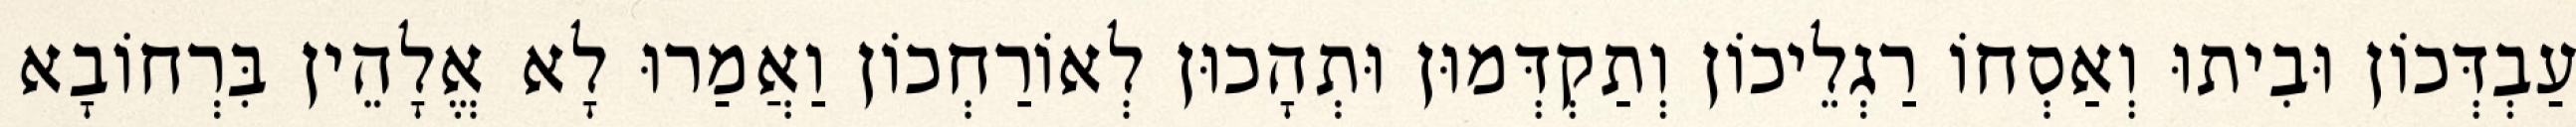
עַבְדְּכוֹן וּבִיתוּ וְאַסְחוֹ רַגְלֵיכוֹן וְתַקְדְּמוּן וּתְהָכוּן לְאוֹרַחְכוֹן וַאֲמַרוּ לָא אֱלָהֵין בִּרְחוֹבָא